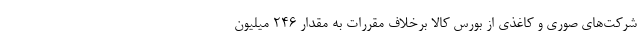
شرکت‌های صوری و کاغذی از بورس کالا برخلاف مقررات به مقدار ۲۴۶ میلیون